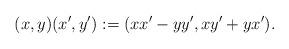
LaTeX: \begin{align*} (x,y)(x',y'):=(xx'-yy',xy'+yx'). \end{align*}